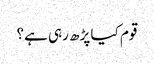
قوم کیا پڑھ رہی ہے؟